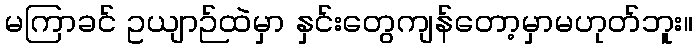
မကြာခင် ဥယျာဉ်ထဲမှာ နှင်းတွေကျန်တော့မှာမဟုတ်ဘူး။